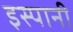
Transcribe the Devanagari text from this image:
इस्पानी